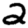
Digit: 2